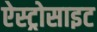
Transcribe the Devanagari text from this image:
ऐस्ट्रोसाइट